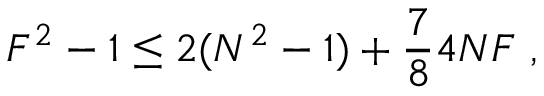
F ^ { 2 } - 1 \le 2 ( N ^ { 2 } - 1 ) + \frac { 7 } { 8 } 4 N F \ ,